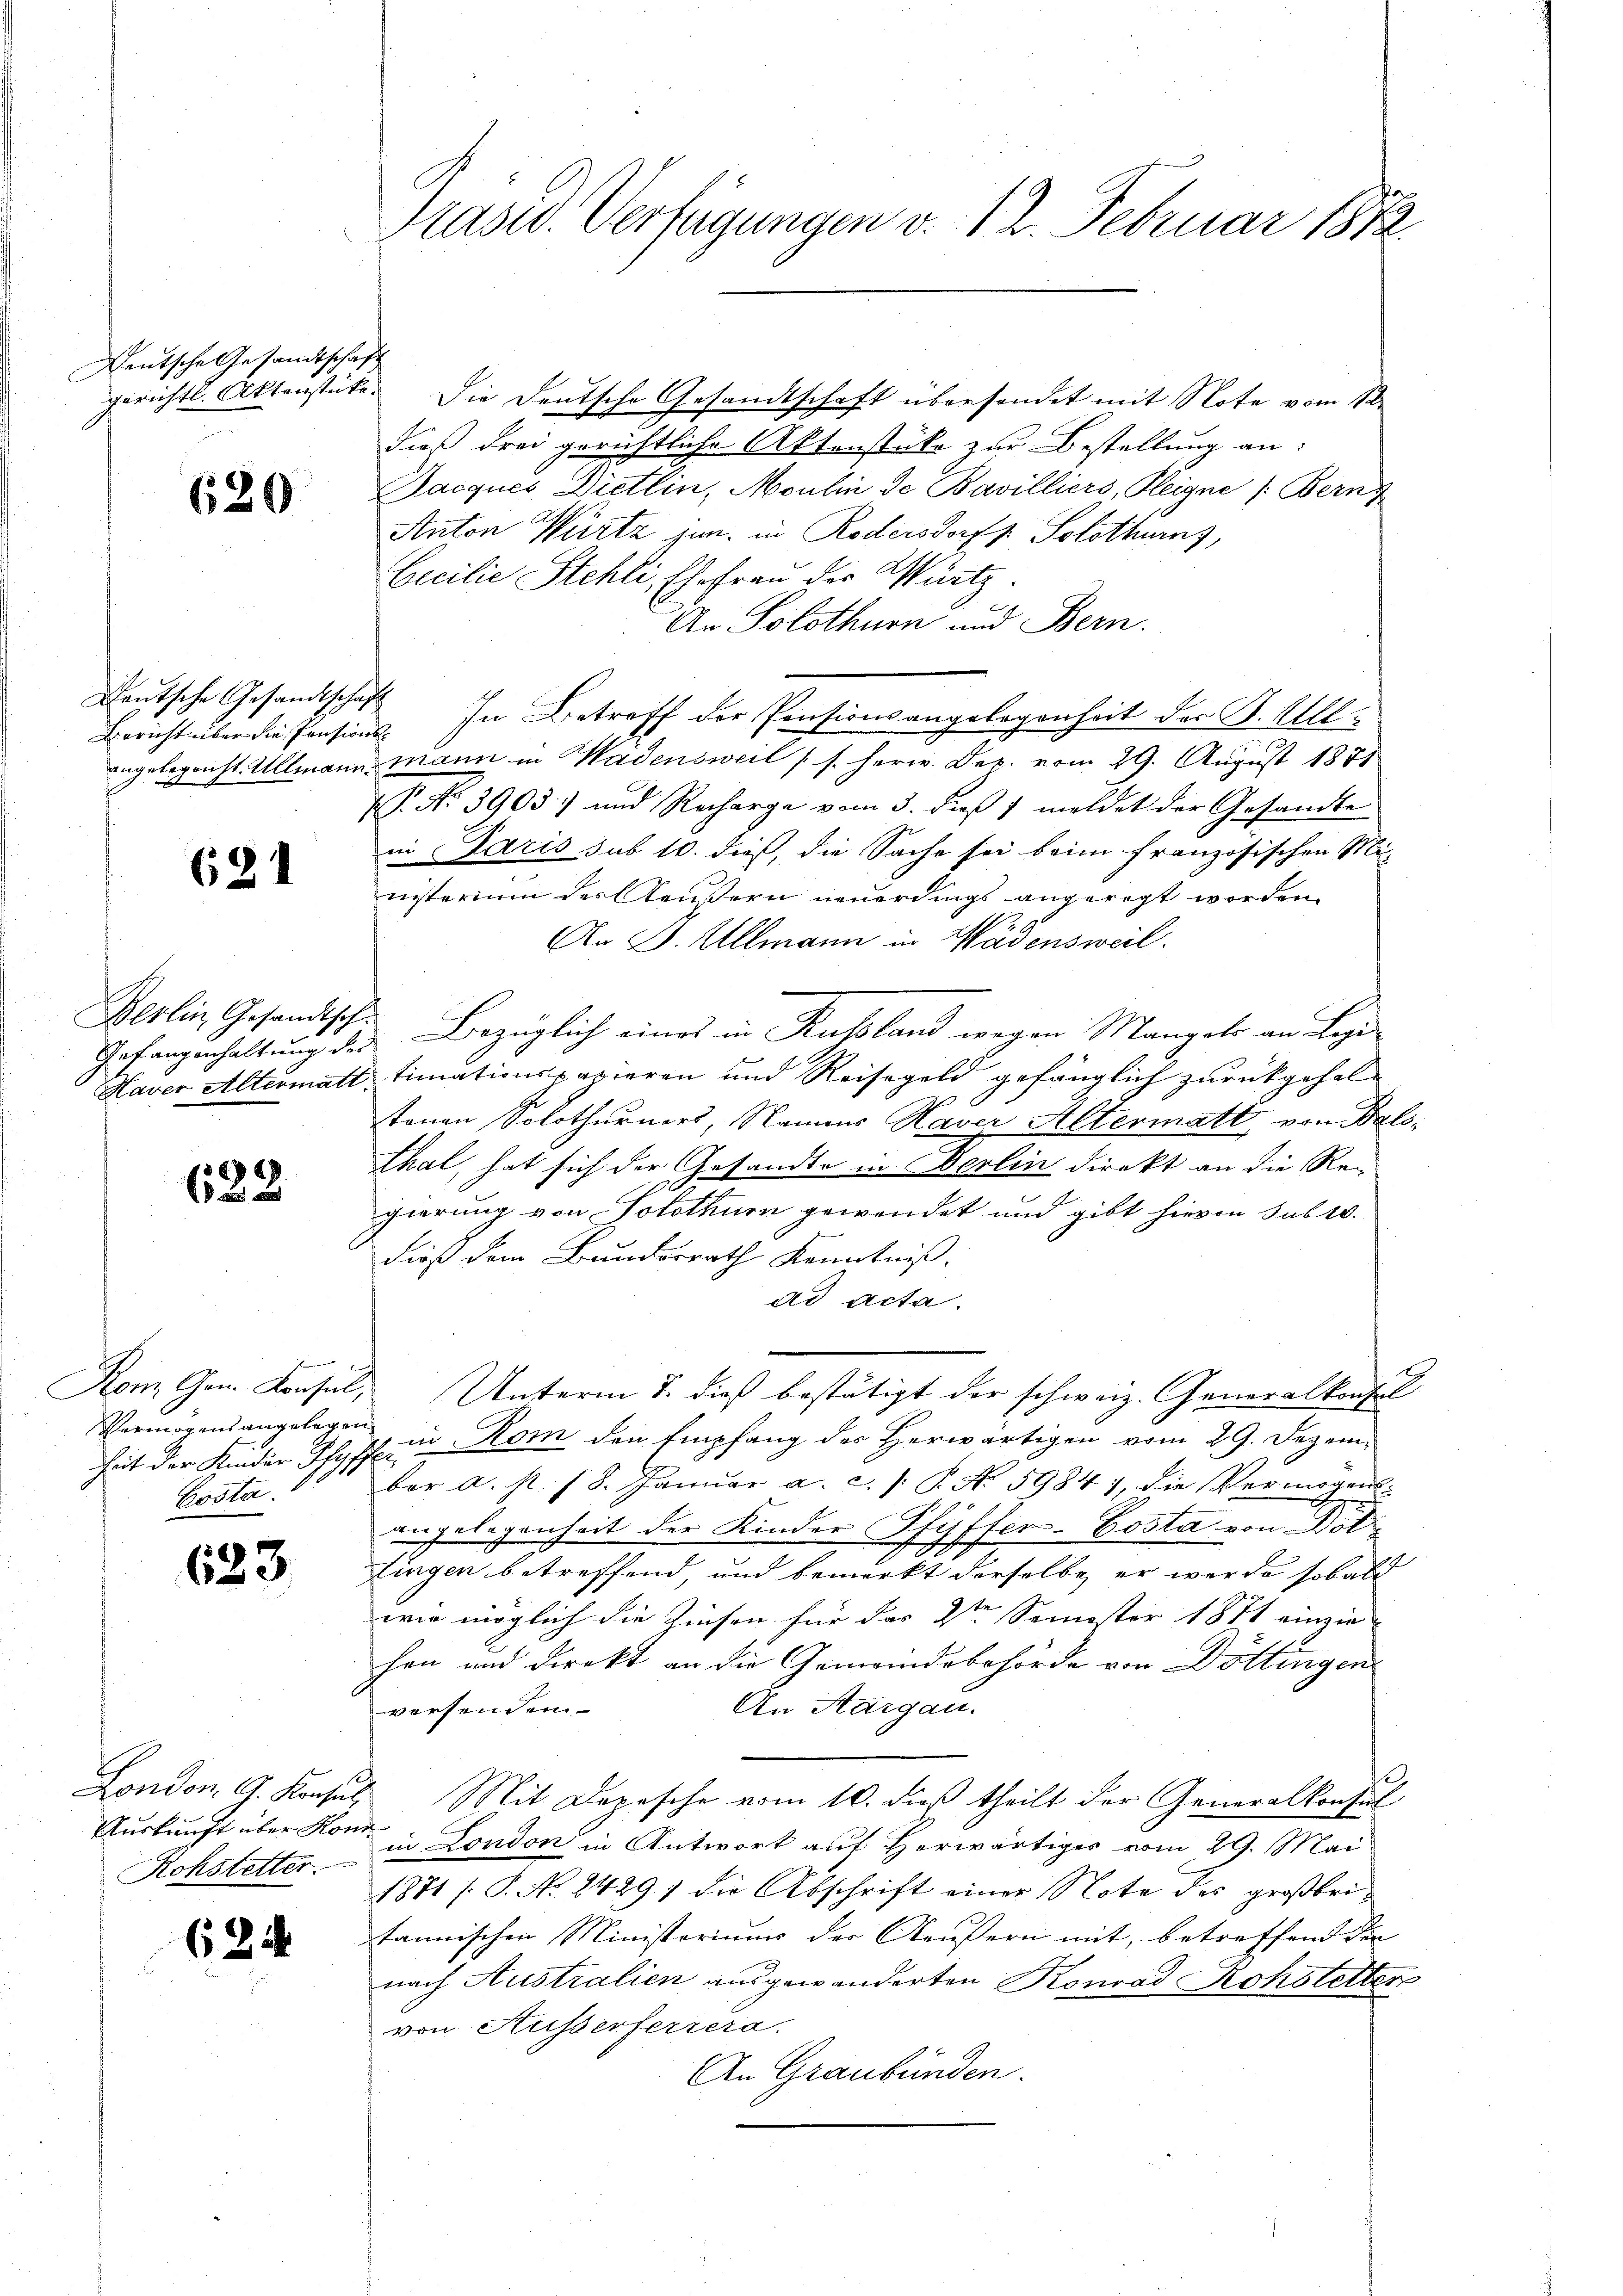
Deutsche Gesandtschaft

629

Bericht über die Pensions-

681

Berlin, Gesandtsch.
Gefangenhaltung des
Haver Altermatt

622

Kom Gen. Konsul,
Vermögensangelegen
heit der Kinder Pfyff
Costa.

623.

London. G. Konsul
Auskunft über Kom
Rohstetter.

62

Prasw. Verfügungen v. 12. Februar 1872.

gerichtl. Aktenstücke. Die Deutsche Gesandtschaft übersendet mit Note vom 11ten
Dieß drei gerichtliche Aktenstüke zur Bestellung an:
Jacques Dietlin, Moulin de Bavilliers, Kleigne /: Bern
Anton Würtz jun. in Rodersdorf s. Solothurn,
becilie Stehli, Ehefrau der Wirtz.
An Solothurn und Bern.
Deutsche Gesandtschaft In Betreff der Pensionsangelegenheit der B. Allangelegenht. Allmann mann in Wädensweil (s. herw. Dec. vom 29. August 1871
P. No. 3903) und Recharge vom 3. dieß 1 meldet der Gesandte
in Paris sub 10. dieß, die Sache sei beim französischen Mi-
nisterium der Aeußern neuerdings angeregt worden.
An B. Allmann in Wädensweil.
Bezüglich eines in Russland wegen Mangeles an Legi-
timationspapieren und Reisegeld gefänglich zurückgehaltenen Solothurners, Namens Haver Altermatt, von Bals¬
Thal, hat sich der Gesandte in Berlin direkt an die Regierung von Solothurn gewendet und gibt hievon subt.
dieß dem Bundesrath Kenntniß.
ad acta.
Unterm 7. dieß bestätigt der schweiz. Generalkonsul
e in Rom den Empfang des Herwärtigen vom 29. Dezemt
ber a. p. 18. Januar a. c. /: P. No 59847, die Vermögens-
angelegenheit der Kinder Pfyffer-Costa von
Zingen betreffend, und bemerkt derselbe er werde sobald
wir möglich die Zinsen für das 2te͇n Semester 1871 einzie- |
hen und Direkt an die Gemeindsbehörde von Döttingen
An Aargau.
versenden
Mit Depesche vom 10. dieß theilt der Generalkonsul
in London in Antwort auf Herwärtiger vom 29. Mai
1871 [P. No 8429, die Abschrift einer Note des großbritannischen Ministeriums der Aeußern mit, betreffend die
nach Australien ausgewanderten Konrad Rohstetten
von Ausserfertera
An Graubünden.